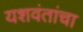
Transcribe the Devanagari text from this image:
यशवंतांचा